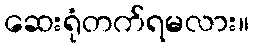
ဆေးရုံတက်ရမလား။